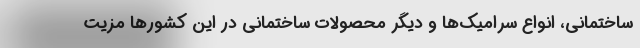
ساختمانی، انواع سرامیک‌ها و دیگر محصولات ساختمانی در این کشورها مزیت